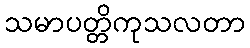
သမာပတ္တိကုသလတာ